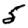
Digit: 5